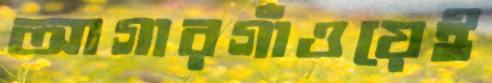
আগারগাঁওয়েই